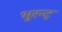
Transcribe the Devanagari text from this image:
भुरन्ट्